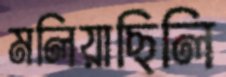
মলিয়াছিলি